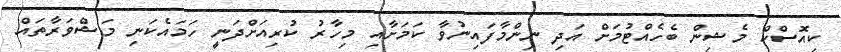
ކިއޮސްކް މެޝިން ބެހެއްޓުމަށް އަދި ނިންމާފައިނުވާ ކަމަށާއި މިހާރު ކުރިއަށްދަނީ ހަމައެކަނި މަޝްވަރާތައް